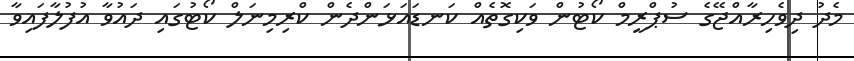
މެދު ދިވެހިރާއްޖޭގެ ސުޕްރީމް ކޯޓުން ވަކިގޮތެއް ކަނޑައަޅަންދެން ކްރިމިނަލް ކޯޓުގައި ދައުވާ އުފުލާފައިވާ